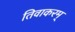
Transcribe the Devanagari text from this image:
तिवाकरम्